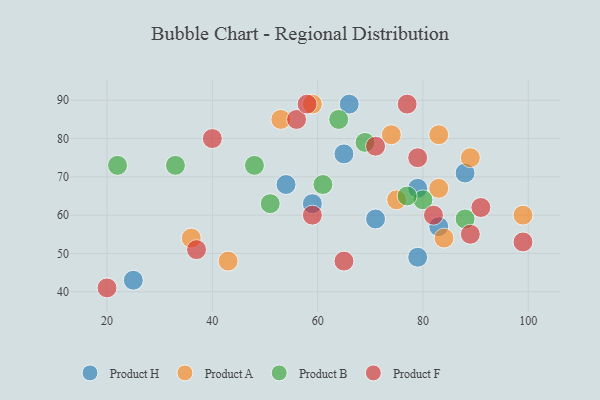
{"axis": {"x": "GDP", "y": "Life Expectancy"}, "legend": ["Product A", "Product B", "Product F", "Product H"], "data": [{"x": "59", "y": 63, "type": "Product H"}, {"x": "83", "y": 57, "type": "Product H"}, {"x": "54", "y": 68, "type": "Product H"}, {"x": "79", "y": 49, "type": "Product H"}, {"x": "66", "y": 89, "type": "Product H"}, {"x": "79", "y": 67, "type": "Product H"}, {"x": "88", "y": 71, "type": "Product H"}, {"x": "25", "y": 43, "type": "Product H"}, {"x": "65", "y": 76, "type": "Product H"}, {"x": "71", "y": 59, "type": "Product H"}, {"x": "53", "y": 85, "type": "Product A"}, {"x": "59", "y": 89, "type": "Product A"}, {"x": "99", "y": 60, "type": "Product A"}, {"x": "36", "y": 54, "type": "Product A"}, {"x": "89", "y": 75, "type": "Product A"}, {"x": "75", "y": 64, "type": "Product A"}, {"x": "83", "y": 67, "type": "Product A"}, {"x": "84", "y": 54, "type": "Product A"}, {"x": "83", "y": 81, "type": "Product A"}, {"x": "43", "y": 48, "type": "Product A"}, {"x": "74", "y": 81, "type": "Product A"}, {"x": "88", "y": 59, "type": "Product B"}, {"x": "80", "y": 64, "type": "Product B"}, {"x": "61", "y": 68, "type": "Product B"}, {"x": "33", "y": 73, "type": "Product B"}, {"x": "48", "y": 73, "type": "Product B"}, {"x": "22", "y": 73, "type": "Product B"}, {"x": "64", "y": 85, "type": "Product B"}, {"x": "69", "y": 79, "type": "Product B"}, {"x": "77", "y": 65, "type": "Product B"}, {"x": "51", "y": 63, "type": "Product B"}, {"x": "89", "y": 55, "type": "Product F"}, {"x": "99", "y": 53, "type": "Product F"}, {"x": "71", "y": 78, "type": "Product F"}, {"x": "82", "y": 60, "type": "Product F"}, {"x": "65", "y": 48, "type": "Product F"}, {"x": "56", "y": 85, "type": "Product F"}, {"x": "91", "y": 62, "type": "Product F"}, {"x": "37", "y": 51, "type": "Product F"}, {"x": "58", "y": 89, "type": "Product F"}, {"x": "40", "y": 80, "type": "Product F"}, {"x": "20", "y": 41, "type": "Product F"}, {"x": "59", "y": 60, "type": "Product F"}, {"x": "77", "y": 89, "type": "Product F"}, {"x": "79", "y": 75, "type": "Product F"}]}